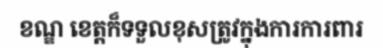
ខណ្ឌ ខេត្តក៏ទទួលខុសត្រូវក្នុងការការពារ